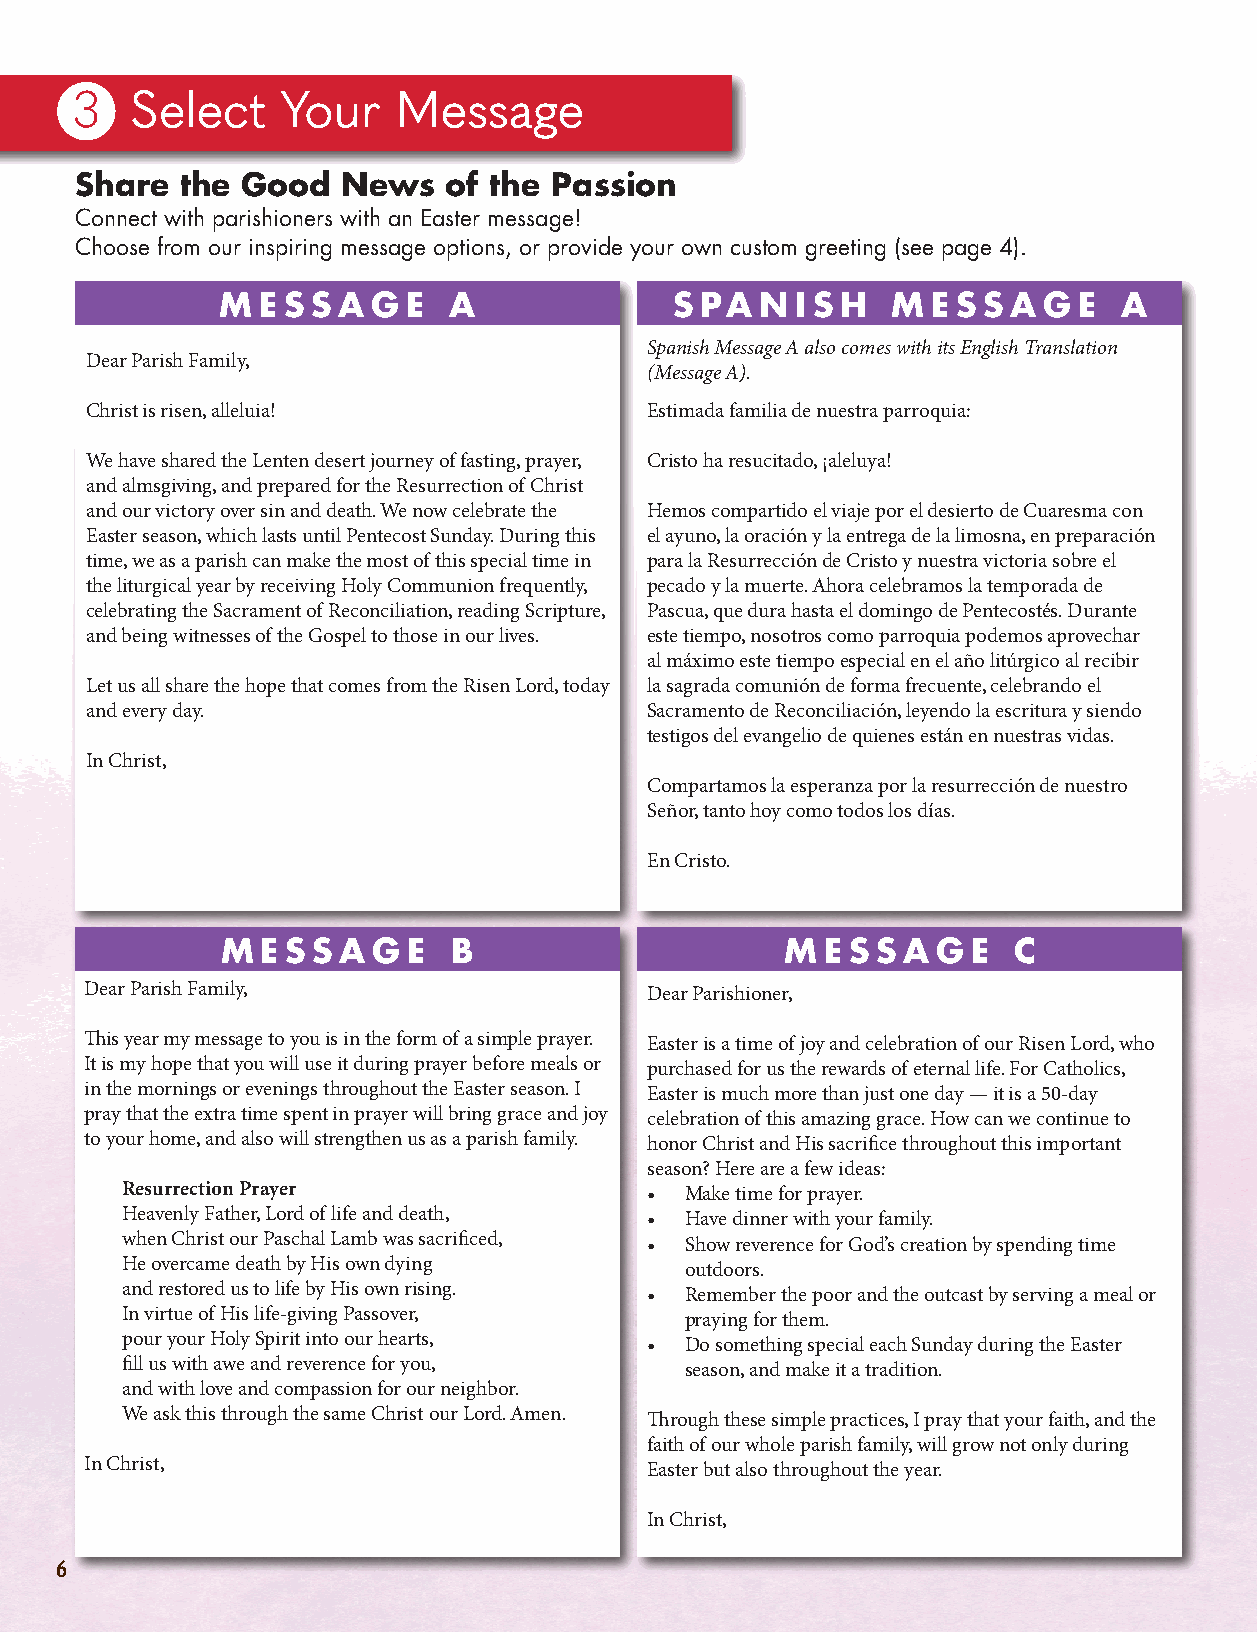
3   Select    Your   Message
 Share  the Good   News   of the Passion
 Connect with parishioners with an Easter message!
 Choose from our inspiring message options, or provide your own custom greeting (see page 4).
 M E S S A G E  A              S PA N  I S H M  E S S A G E A
 Spanish Message A also comes with its English Translation
 Dear Parish Family,
 (Message A).
 Christ is risen, alleluia!           Estimada familia de nuestra parroquia:
 We have shared the Lenten desert journey of fasting, prayer, Cristo ha resucitado, ¡aleluya!
 and almsgiving, and prepared for the Resurrection of Christ
 and our victory over sin and death. We now celebrate the Hemos compartido el viaje por el desierto de Cuaresma con
 Easter season, which lasts until Pentecost Sunday. During this el ayuno, la oración y la entrega de la limosna, en preparación
 time, we as a parish can make the most of this special time in para la Resurrección de Cristo y nuestra victoria sobre el
 the liturgical year by receiving Holy Communion frequently, pecado y la muerte. Ahora celebramos la temporada de
 celebrating the Sacrament of Reconciliation, reading Scripture, Pascua, que dura hasta el domingo de Pentecostés. Durante
 and being witnesses of the Gospel to those in our lives. este tiempo, nosotros como parroquia podemos aprovechar
 al máximo este tiempo especial en el año litúrgico al recibir
 Let us all share the hope that comes from the Risen Lord, today la sagrada comunión de forma frecuente, celebrando el
 and every day.                       Sacramento de Reconciliación, leyendo la escritura y siendo
 testigos del evangelio de quienes están en nuestras vidas.
 In Christ,
 Compartamos la esperanza por la resurrección de nuestro
 Señor, tanto hoy como todos los días.
 En Cristo.
 M E S S A G E  B                     M E S S A G E  C
 Dear Parish Family,                  Dear Parishioner,
 This year my message to you is in the form of a simple prayer. Easter is a time of joy and celebration of our Risen Lord, who
 It is my hope that you will use it during prayer before meals or purchased for us the rewards of eternal life. For Catholics,
 in the mornings or evenings throughout the Easter season. I Easter is much more than just one day — it is a 50-day
 pray that the extra time spent in prayer will bring grace and joy celebration of this amazing grace. How can we continue to
 to your home, and also will strengthen us as a parish family. honor Christ and His sacrifice throughout this important
 season? Here are a few ideas:
 Resurrection Prayer                • Make time for prayer.
 Heavenly Father, Lord of life and death, • Have dinner with your family.
 when Christ our Paschal Lamb was sacrificed, • Show reverence for God’s creation by spending time
 He overcame death by His own dying   outdoors.
 and restored us to life by His own rising. • Remember the poor and the outcast by serving a meal or
 In virtue of His life-giving Passover, praying for them.                            SUBMIT       YOUR      ORDER       EARLY      AND     SAVE!
 pour your Holy Spirit into our hearts, • Do something special each Sunday during the Easter
 fill us with awe and reverence for you, season, and make it a tradition.                  Receive a 25% discount on your Easter special mailing:
 and with love and compassion for our neighbor.
 We ask this through the same Christ our Lord. Amen. Through these simple practices, I pray that your faith, and the
 faith of our whole parish family, will grow not only during
 In Christ,                           Easter but also throughout the year.
 In Christ,
 6